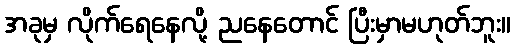
အခုမှ လိုက်ရေနေလို့ ညနေတောင် ပြီးမှာမဟုတ်ဘူး။